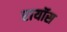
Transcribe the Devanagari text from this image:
रायॉस